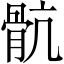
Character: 骯